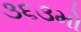
૩૬૩મો